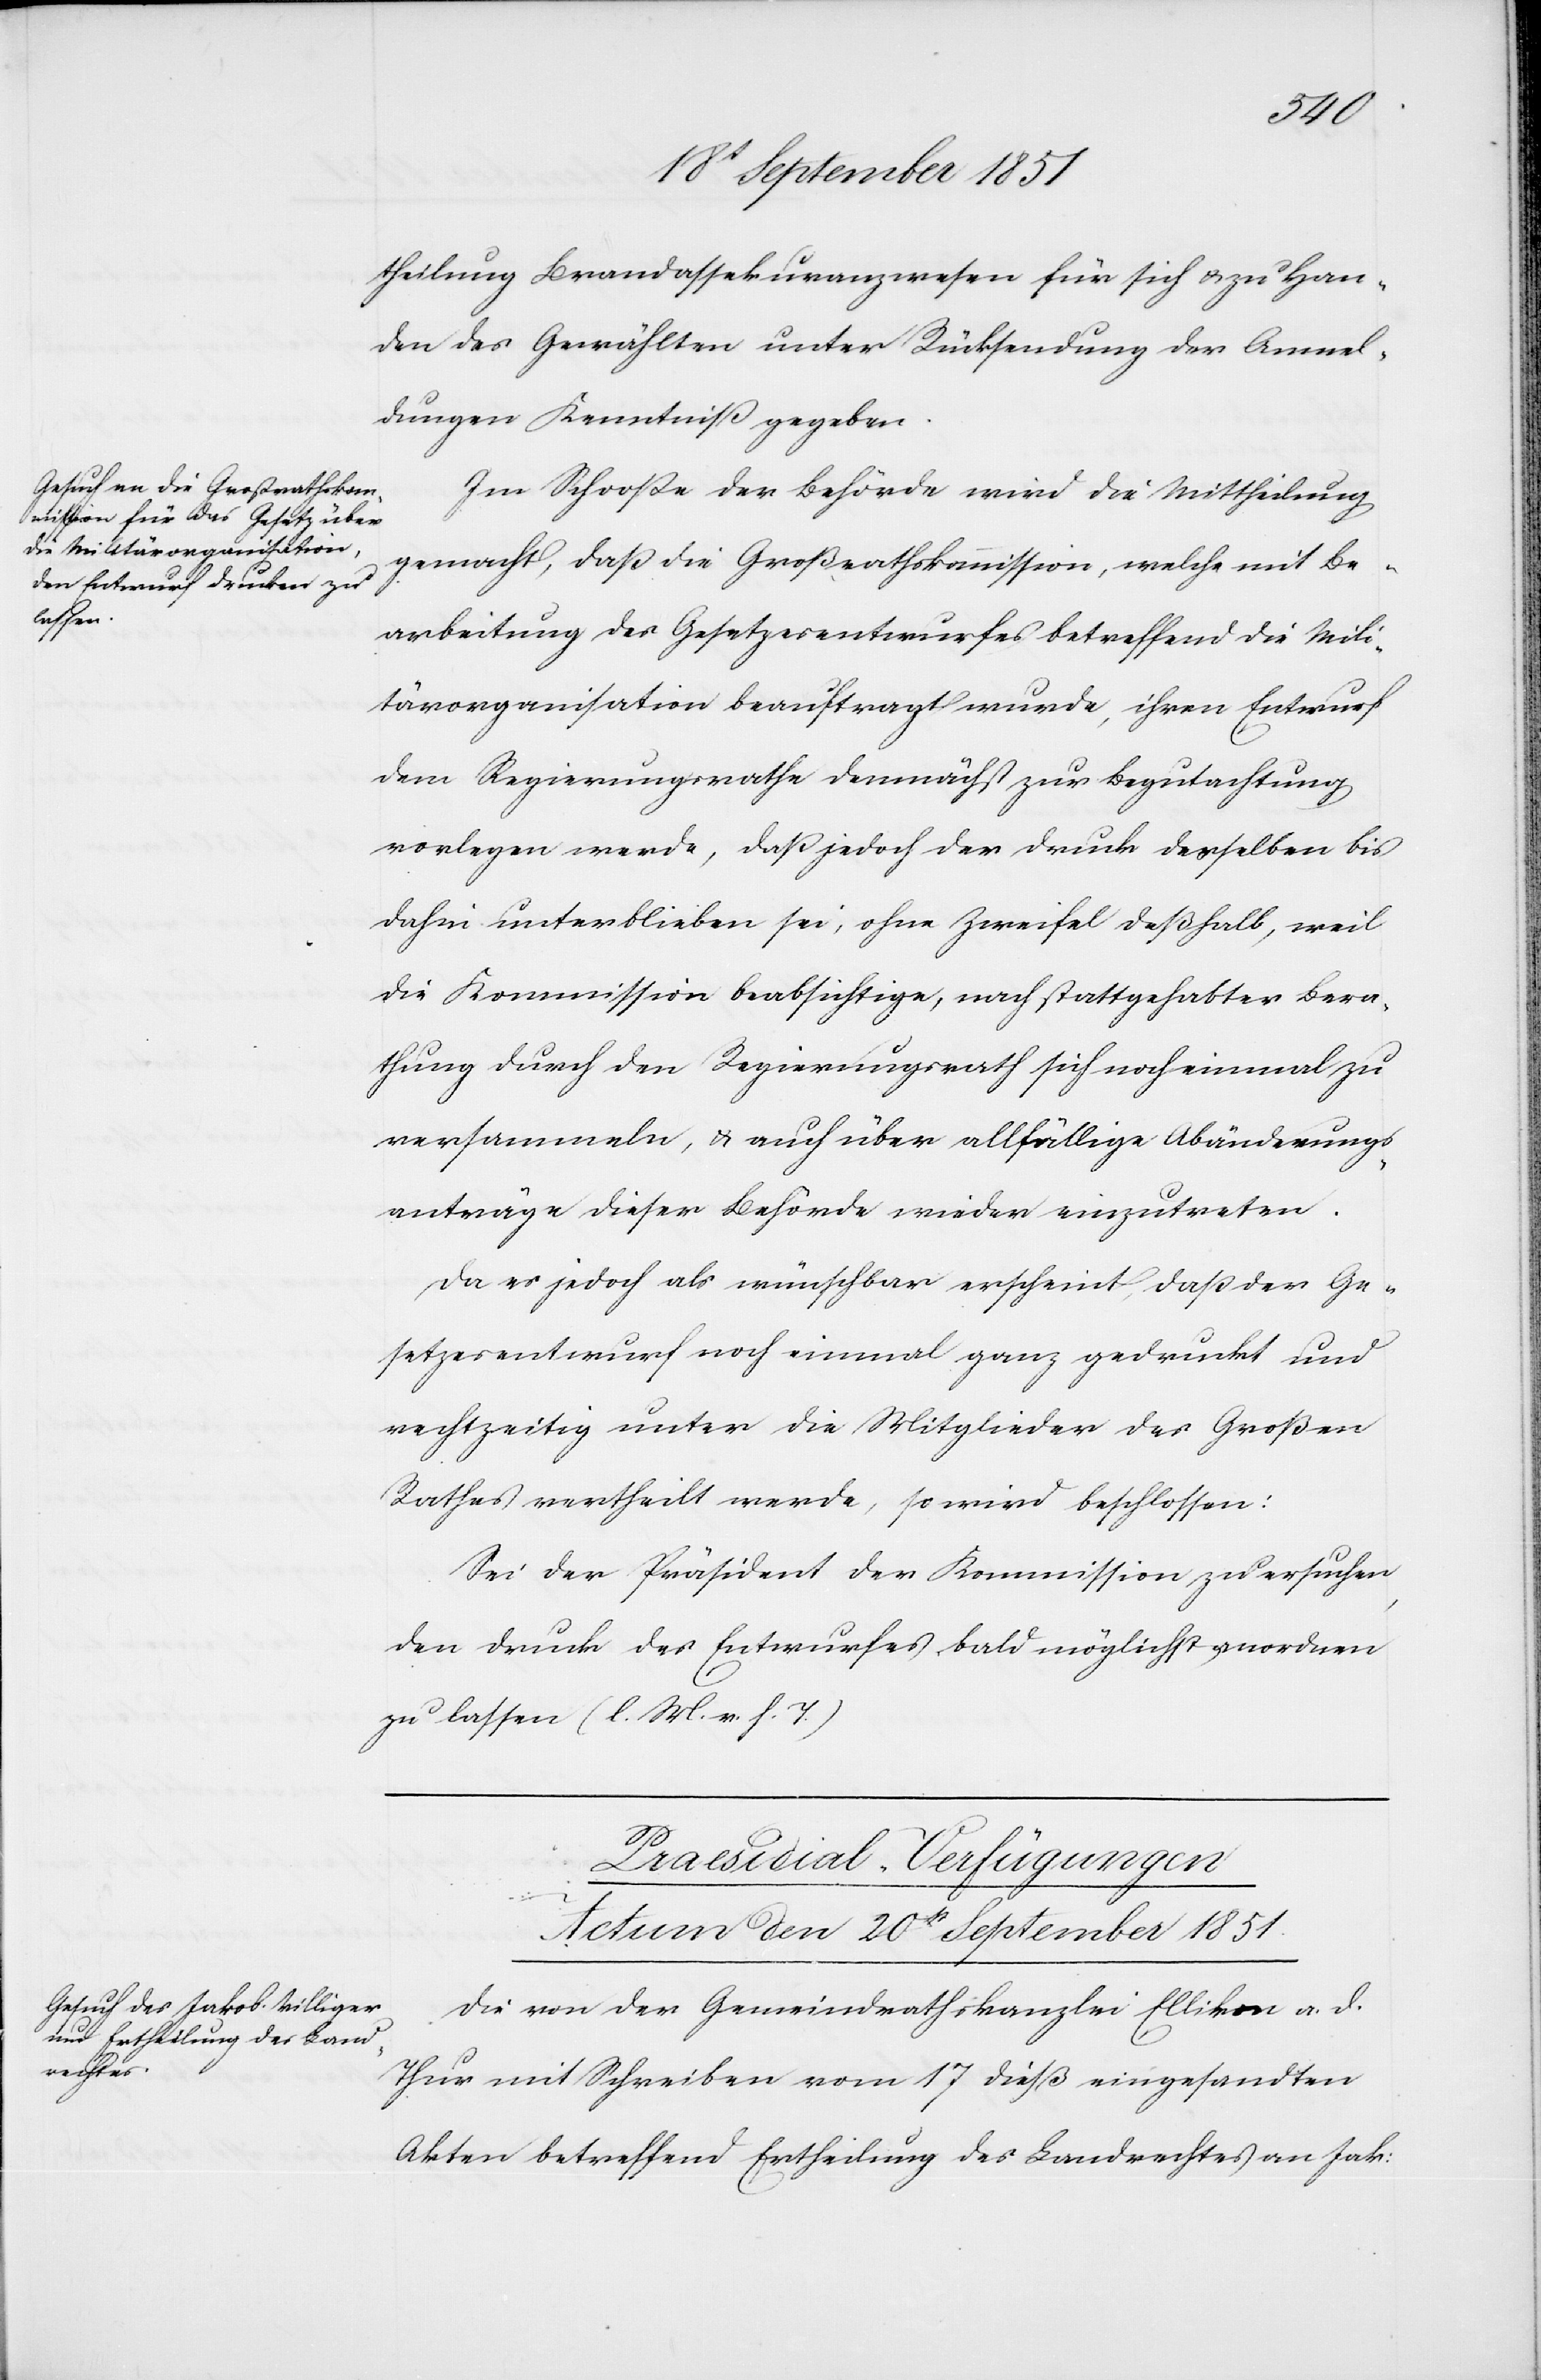
theilung Brandassekuranzwesen für sich & zu Han¬
den des Gewählten unter Rücksendung der Anmel¬
dungen Kenntniß gegeben.
Im Schooße der Behörde wird die Mittheilung
gemacht, daß die Großrathskommission, welche mit Be¬
arbeitung des Gesetzesentwurfes betreffend die Mili¬
tärorganisation beauftragt wurde, ihren Entwurf
dem Regierungsrathe demnächst zur Begutachtung
vorlegen werde, daß jedoch der Druck desselben bis
dahin unterblieben sei, ohne Zweifel deßhalb, weil
die Kommission beabsichtige, nach stattgehabter Bera¬
thung durch den Regierungsrath sich noch einmal zu
versammeln, & auch über allfällige Abänderungs¬
anträge dieser Behörde wieder einzutreten.
Da es jedoch als wünschbar erscheint, daß der Ge¬
setzesentwurf noch einmal ganz gedruckt und
rechtzeitig unter die Mitglieder des Großen
Rathes vertheilt werde, so wird beschlossen:
Sei der Präsident der Kommission zu ersuchen,
den Druck des Entwurfes bald möglichst anordnen
zu lassen (l. M. v. h. T.)
Praesidial-Verfügungen
Actum den 20t September 1851.
Die von der Gemeindrathskanzlei Ellikon a. d.
Thur mit Schreiben vom 17 dieß eingesandten
Akten betreffend Ertheilung des Landrechtes an Jak: